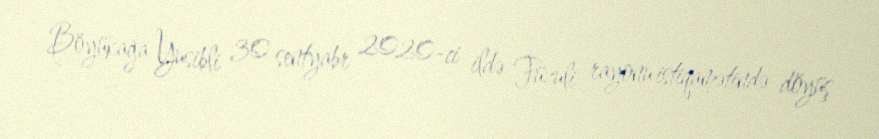
Böyükağa Yusibli 30 sentyabr 2020-ci ildə Füzuli rayonu istiqamətində döyüş